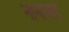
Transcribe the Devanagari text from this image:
नानाबाई